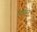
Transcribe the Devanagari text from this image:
पाचांहून